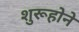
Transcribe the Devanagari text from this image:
शुरूहोने